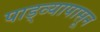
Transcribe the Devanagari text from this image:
पाड्व्यापासून